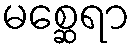
မစ္ဆေရာ